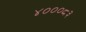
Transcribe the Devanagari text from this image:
४०००८३